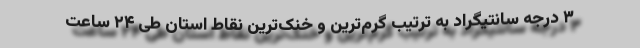
۳ درجه سانتیگراد به ترتیب گرم‌ترین و خنک‌ترین نقاط استان طی ۲۴ ساعت